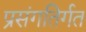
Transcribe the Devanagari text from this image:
प्रसंगतिर्गत